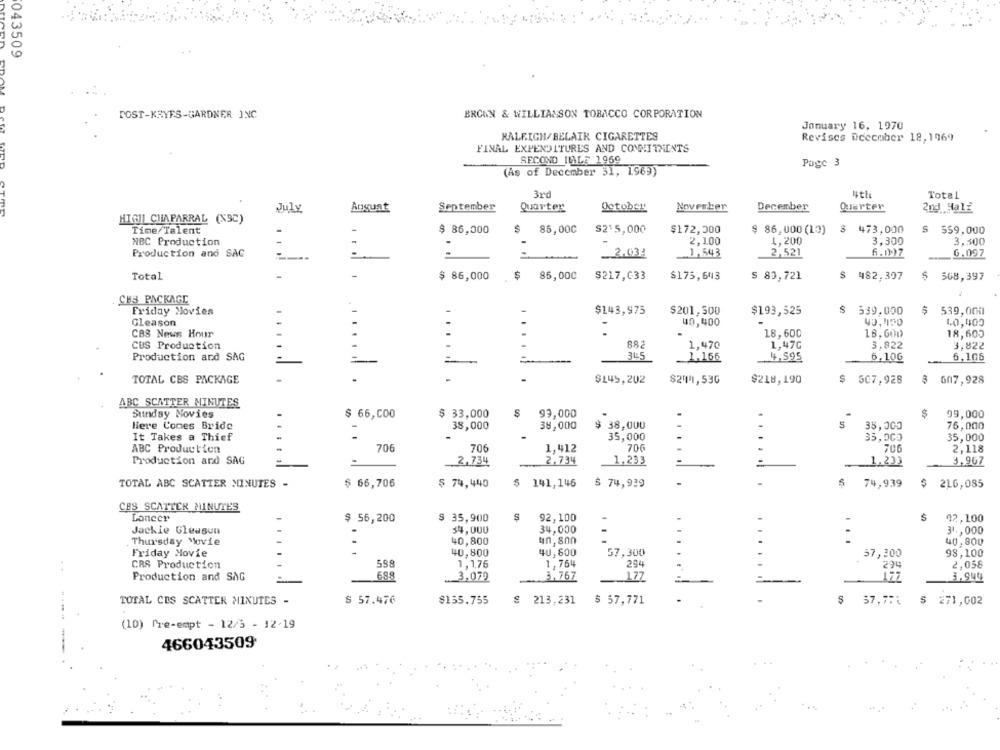
043509
BROWN & WILLIAMSON TOBACCO CORPORATION
POST-KSYES-GARDNER INC
January 16, 1970
RALEIGH/BELAIK CIGARETTES
Revises December 18,1969
FINAL EXPENDITURES AND COMMITMENTS
SECOND INALE 1969
Page 3
(As of December 51, 1969)
3rd
Total
July
Angust
September
Quarter
October
Nowverber
December
Quarter
2nd Half
HIGH CHAPARRAL (NSC)
Time/Talent
$ 86,000
$
85,000
S2'5,000
$172,300
$ 86,000 (10)
$473,000
S 559,000
2,100
4,200
3,300
3,500
NBC Production
Production and SAG
-. 2.03!
1,543
2,521
6.097
Total
-
$ 86,000
$
85,000
$217,633
$175,643
$ 83,721
$ 482,397
$ 508,397
CBS PACKAGE
Friday Movies
-
$143,975
$201,500
$193,525
$ 539,000
539,000
Gleason
40,400
40,150
40,400
CBS News Hour
18,600
18,601
18,603
CBS Production
882
1,470
1,47C
3,922
3,822
Production and SAG
=
345
1.166
4,595
6,10G
6,106
TOTAL CBS PACKAGE
$149,202
$244,53G
$218,190
$ 507,928
$ 607,928
ABC SCATTER MINUTES
Sunday Movies
99,000
$ 66,000
$ 33,000
99,000
liere Comes Bride
38,000
38,000
38,000
5
35,000
76,000
35,000
33,000
It Takes a Thief
-
35,000
ABC Production
706
706
1.412
706
706
2,118
Production and SAG
2,734
2.734
1,233
=
_1,233
3.967
TOTAL ABC SCATTER MINUTES -
$ 66,706
$ 74,440
$ 141,146
$ 74,939
$ 74,939
$ 216,085
CES SCATTER MINUTES
Lancer
$ 56,200
$ 35,900
92,100
S
92,100
Jackie Gleason
34,000
34,000
31 ., 000
Thursday Movie
40,800
un, son
.
...
40,800
Friday Movie
40,800
4U,600
57,300
57,300
98,100
CRS Production
598
1,1,76
1,764
294
2,058
Production and SAG
688
3,079
3. 767
1.77
3.944
TOTAL CES SCATTER MINUTES -
$ 57.476
$155.755
$ 213,231
$ 57,771
$ 37,7FL
271,002
(10) Pre-empt - 12/3 - 12-19
466043509